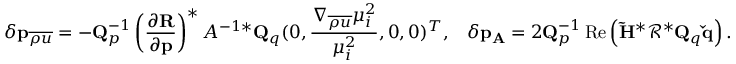
\delta \mathbf { p } _ { \overline { { { \rho u } } } } = - \mathbf { Q } _ { p } ^ { - 1 } \left( \frac { \partial \mathbf { R } } { \partial \mathbf { p } } \right) ^ { * } A ^ { - 1 * } \mathbf { Q } _ { q } ( 0 , \frac { \nabla _ { \overline { { \rho u } } } \mu _ { i } ^ { 2 } } { \mu _ { i } ^ { 2 } } , 0 , 0 ) ^ { T } , \; \; \; \delta \mathbf { p } _ { \mathbf { A } } = 2 \mathbf { Q } _ { p } ^ { - 1 } \operatorname { R e } \left( \mathbf { \tilde { H } } ^ { * } \mathbf { \mathcal { R } } ^ { * } \mathbf { Q } _ { q } \mathbf { \check { q } } \right) .